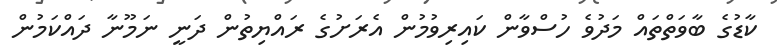
ކާޑުގެ ބާވަތްތައް މަދުވެ ހުސްވާން ކައިރިވުމުން އެރަށުގެ ރައްޔިތުން ދަނީ ނަމޫނާ ދައްކަމުން